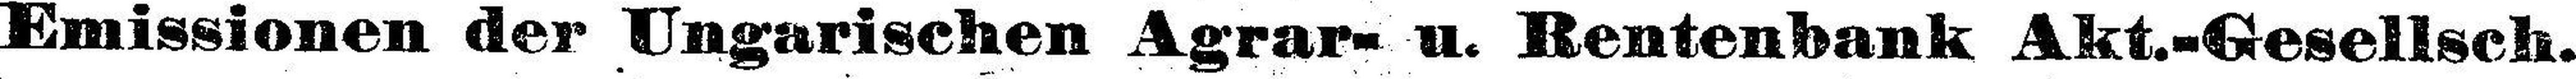
Emissionen der Ungarischen Agrar- u. Rentenbank Akt.-Gesellsch.